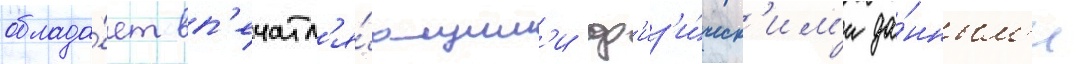
облада́ет вп'ечатл'я́ющим'и ф'из'и́ческ'им'и да́нным'и